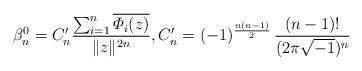
LaTeX: \begin{align*}\beta_n^{0}=C'_n\frac {\sum_{i=1}^n\overline{\varPhi_i(z)}}{\|z\|^{2n}},C'_n=(-1)^{\frac {n(n-1)} 2}\,\frac{(n-1)!}{(2\pi\sqrt{-1})^n}\end{align*}